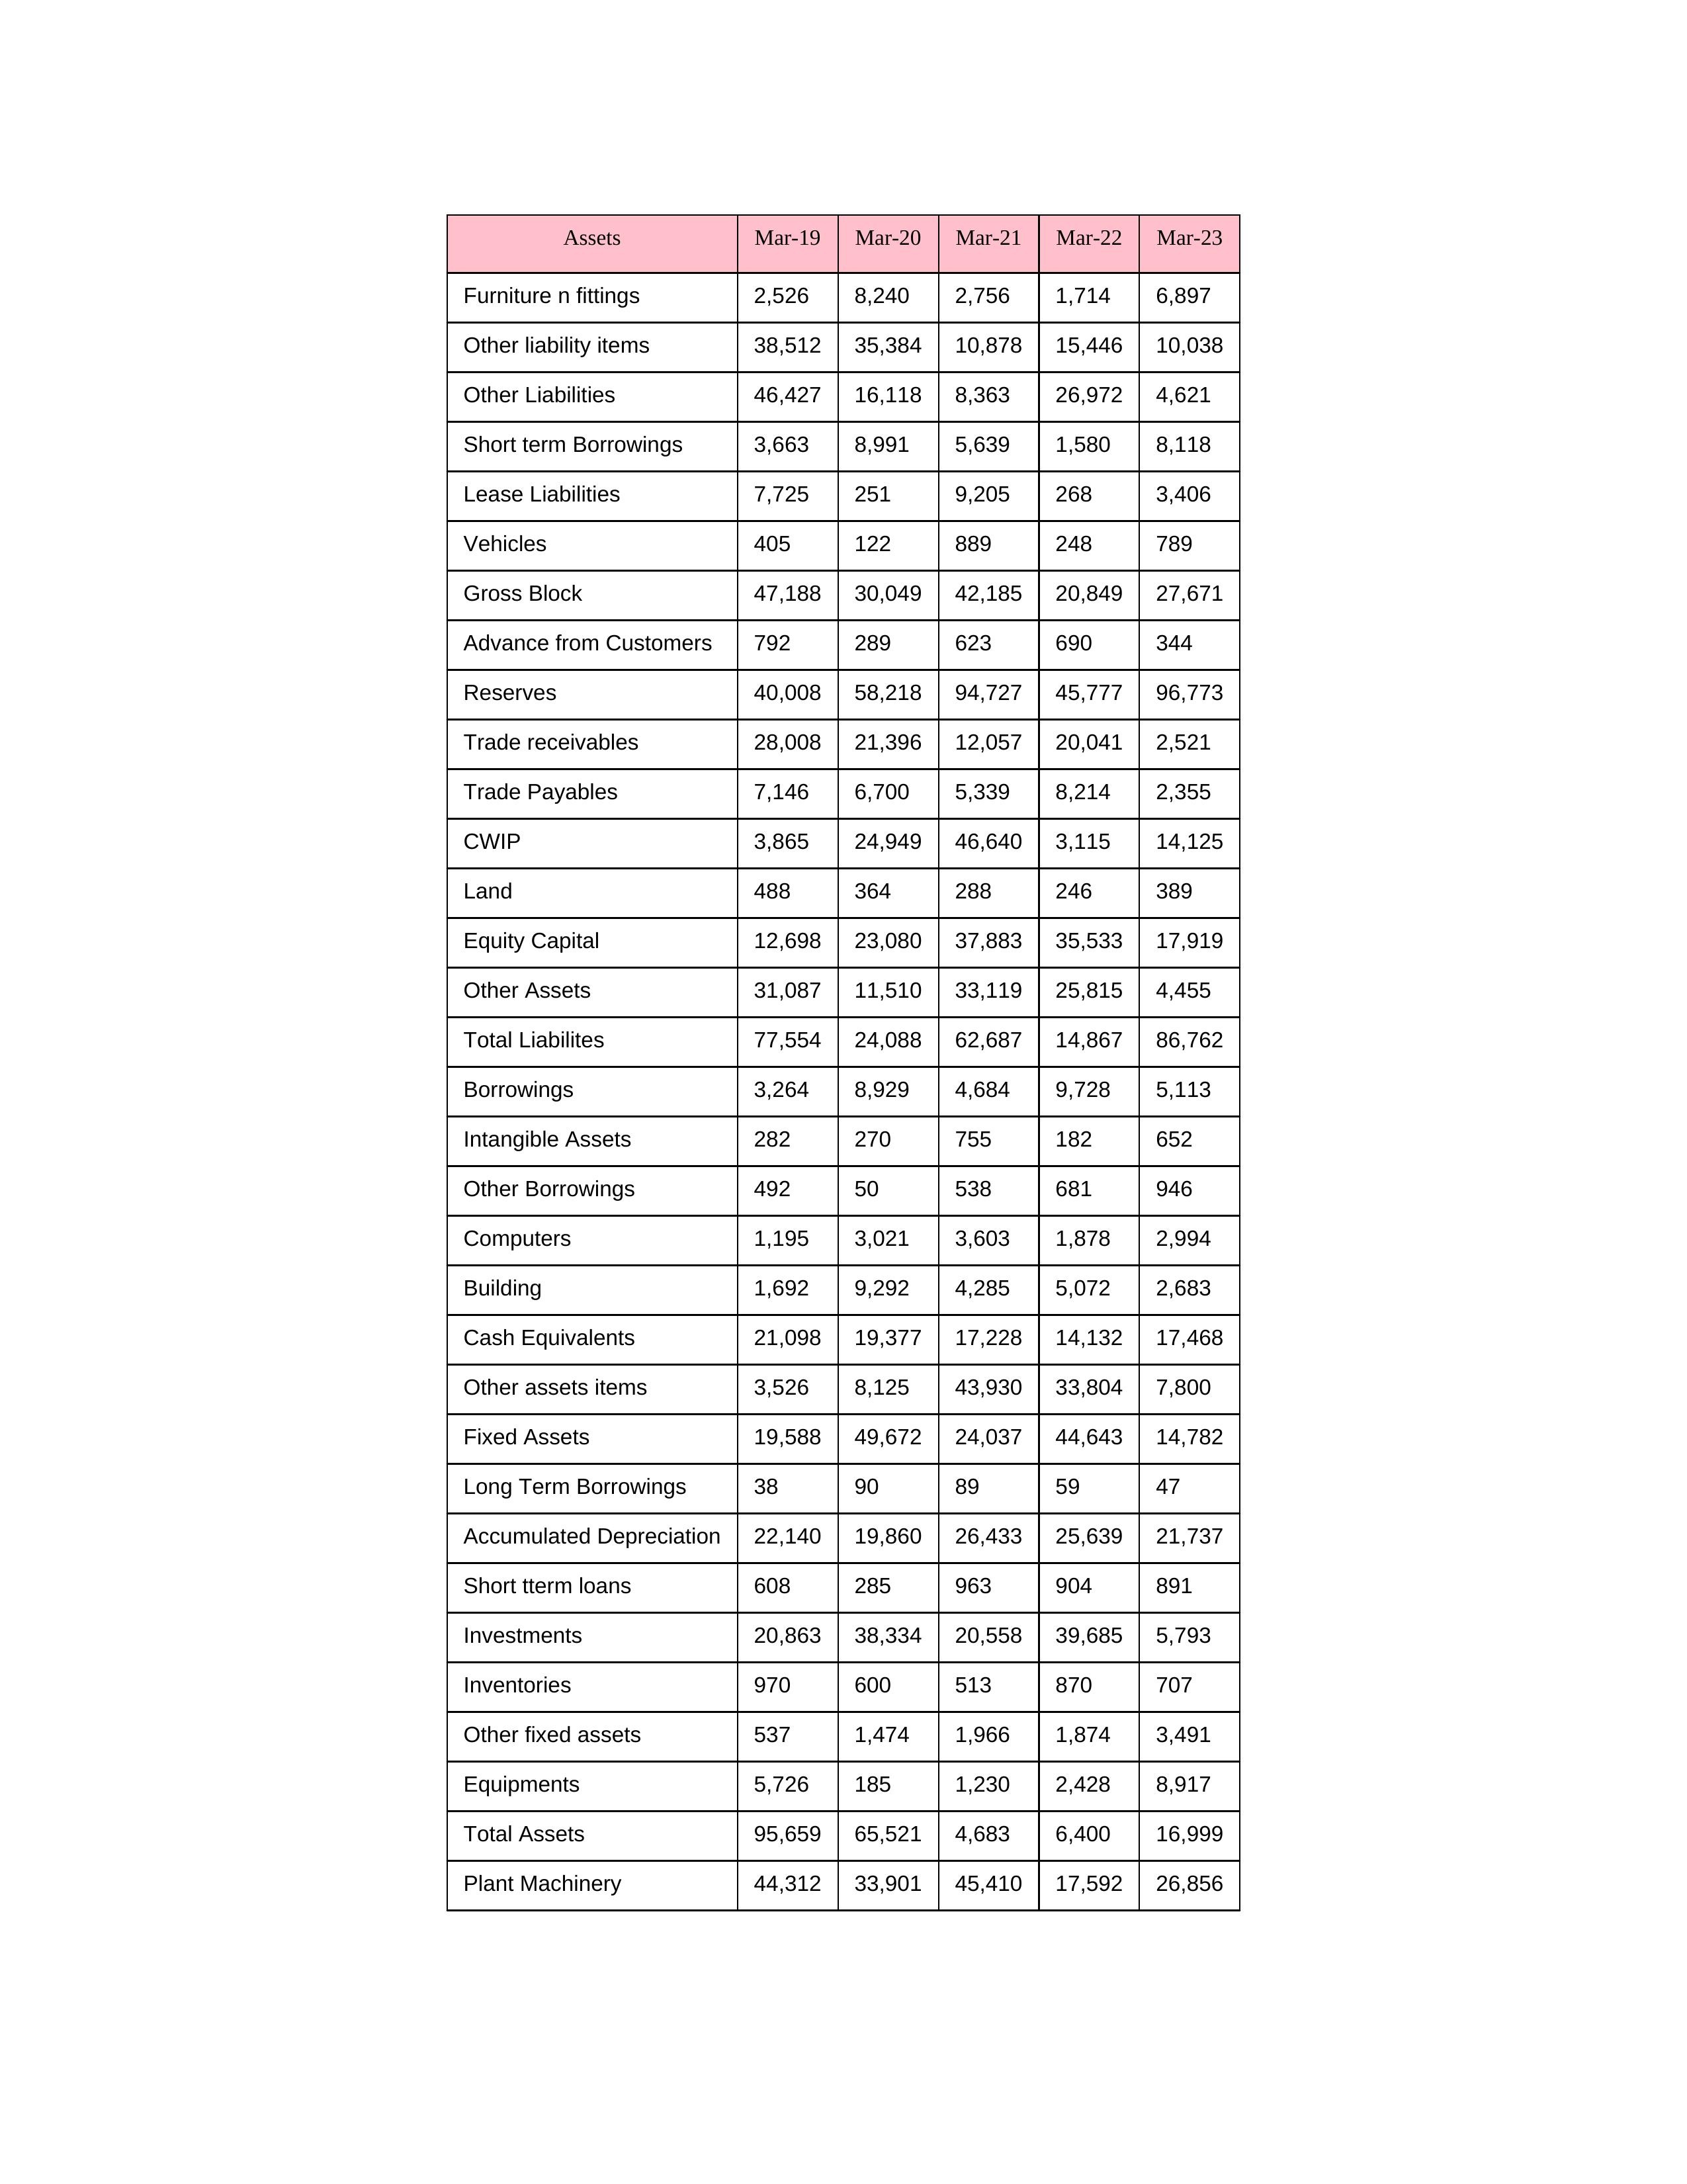
gt_parse: Mar-19: Equity Capital: 12,698
Reserves: 40,008
Borrowings: 3,264
Long Term Borrowings: 38
Short term Borrowings: 3,663
Lease Liabilities: 7,725
Other Borrowings: 492
Other Liabilities: 46,427
Trade Payables: 7,146
Advance from Customers: 792
Other liability items: 38,512
Total Liabilites: 77,554
Fixed Assets: 19,588
Land: 488
Building: 1,692
Plant Machinery: 44,312
Equipments: 5,726
Computers: 1,195
Furniture n fittings: 2,526
Vehicles: 405
Intangible Assets: 282
Other fixed assets: 537
Gross Block: 47,188
Accumulated Depreciation: 22,140
CWIP: 3,865
Investments: 20,863
Other Assets: 31,087
Inventories: 970
Trade receivables: 28,008
Cash Equivalents: 21,098
Short tterm loans: 608
Other assets items: 3,526
Total Assets: 95,659
Mar-20: Equity Capital: 23,080
Reserves: 58,218
Borrowings: 8,929
Long Term Borrowings: 90
Short term Borrowings: 8,991
Lease Liabilities: 251
Other Borrowings: 50
Other Liabilities: 16,118
Trade Payables: 6,700
Advance from Customers: 289
Other liability items: 35,384
Total Liabilites: 24,088
Fixed Assets: 49,672
Land: 364
Building: 9,292
Plant Machinery: 33,901
Equipments: 185
Computers: 3,021
Furniture n fittings: 8,240
Vehicles: 122
Intangible Assets: 270
Other fixed assets: 1,474
Gross Block: 30,049
Accumulated Depreciation: 19,860
CWIP: 24,949
Investments: 38,334
Other Assets: 11,510
Inventories: 600
Trade receivables: 21,396
Cash Equivalents: 19,377
Short tterm loans: 285
Other assets items: 8,125
Total Assets: 65,521
Mar-21: Equity Capital: 37,883
Reserves: 94,727
Borrowings: 4,684
Long Term Borrowings: 89
Short term Borrowings: 5,639
Lease Liabilities: 9,205
Other Borrowings: 538
Other Liabilities: 8,363
Trade Payables: 5,339
Advance from Customers: 623
Other liability items: 10,878
Total Liabilites: 62,687
Fixed Assets: 24,037
Land: 288
Building: 4,285
Plant Machinery: 45,410
Equipments: 1,230
Computers: 3,603
Furniture n fittings: 2,756
Vehicles: 889
Intangible Assets: 755
Other fixed assets: 1,966
Gross Block: 42,185
Accumulated Depreciation: 26,433
CWIP: 46,640
Investments: 20,558
Other Assets: 33,119
Inventories: 513
Trade receivables: 12,057
Cash Equivalents: 17,228
Short tterm loans: 963
Other assets items: 43,930
Total Assets: 4,683
Mar-22: Equity Capital: 35,533
Reserves: 45,777
Borrowings: 9,728
Long Term Borrowings: 59
Short term Borrowings: 1,580
Lease Liabilities: 268
Other Borrowings: 681
Other Liabilities: 26,972
Trade Payables: 8,214
Advance from Customers: 690
Other liability items: 15,446
Total Liabilites: 14,867
Fixed Assets: 44,643
Land: 246
Building: 5,072
Plant Machinery: 17,592
Equipments: 2,428
Computers: 1,878
Furniture n fittings: 1,714
Vehicles: 248
Intangible Assets: 182
Other fixed assets: 1,874
Gross Block: 20,849
Accumulated Depreciation: 25,639
CWIP: 3,115
Investments: 39,685
Other Assets: 25,815
Inventories: 870
Trade receivables: 20,041
Cash Equivalents: 14,132
Short tterm loans: 904
Other assets items: 33,804
Total Assets: 6,400
Mar-23: Equity Capital: 17,919
Reserves: 96,773
Borrowings: 5,113
Long Term Borrowings: 47
Short term Borrowings: 8,118
Lease Liabilities: 3,406
Other Borrowings: 946
Other Liabilities: 4,621
Trade Payables: 2,355
Advance from Customers: 344
Other liability items: 10,038
Total Liabilites: 86,762
Fixed Assets: 14,782
Land: 389
Building: 2,683
Plant Machinery: 26,856
Equipments: 8,917
Computers: 2,994
Furniture n fittings: 6,897
Vehicles: 789
Intangible Assets: 652
Other fixed assets: 3,491
Gross Block: 27,671
Accumulated Depreciation: 21,737
CWIP: 14,125
Investments: 5,793
Other Assets: 4,455
Inventories: 707
Trade receivables: 2,521
Cash Equivalents: 17,468
Short tterm loans: 891
Other assets items: 7,800
Total Assets: 16,999